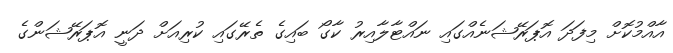
އާއްމުކޮށް މިފަދަ އޮޕަރޭޝަނެއްގައި ނައްޓާލާއިރު ކާގޯ ބައިގެ ތެރޭގައި ކުރިއަށް ދަނީ އޮޕަރޭޝަންގެ